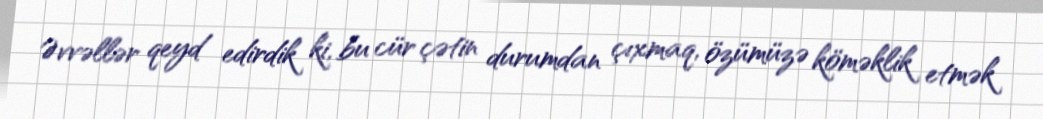
Əvvəllər qeyd edirdik ki, bu cür çətin durumdan çıxmaq, özümüzə köməklik etmək